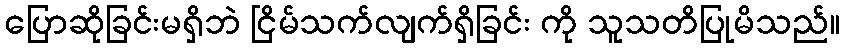
ပြောဆိုခြင်းမရှိဘဲ ငြိမ်သက်လျက်ရှိခြင်း ကို သူသတိပြုမိသည်။